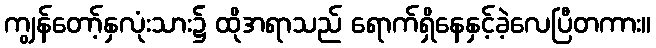
ကျွန်တော့်နှလုံးသား၌ ထိုအရာသည် ရောက်ရှိနေနှင့်ခဲ့လေပြီတကား။